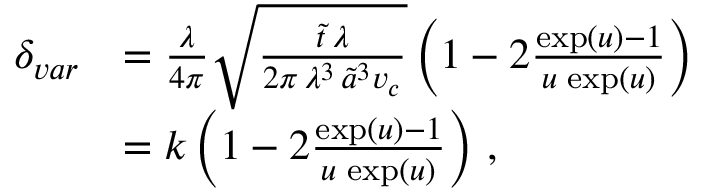
\begin{array} { r l } { \delta _ { v a r } } & { = \frac { \lambda } { 4 \pi } \sqrt { \frac { \tilde { t } \, \lambda } { 2 \pi \, \lambda ^ { 3 } \, \tilde { a } ^ { 3 } v _ { c } } } \left( 1 - 2 \frac { \exp ( u ) - 1 } { u \, \exp ( u ) } \right) } \\ & { = k \left( 1 - 2 \frac { \exp ( u ) - 1 } { u \, \exp ( u ) } \right) \, , } \end{array}